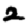
Digit: 2